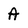
Character: A